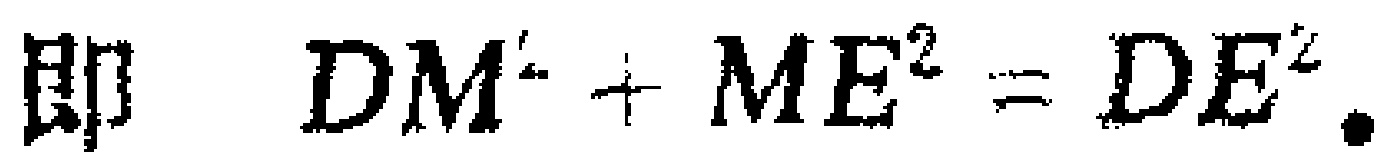
即 \(DM^{2}+ME^{2}=DE^{2}\).